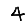
Digit: 4